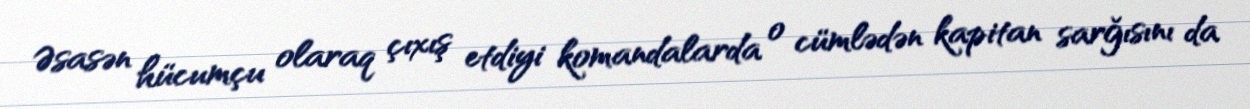
Əsasən hücumçu olaraq çıxış etdiyi komandalarda o cümlədən kapitan sarğısını da